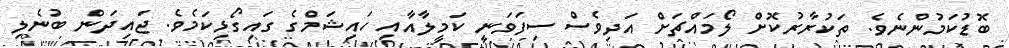
ބޮޑުކަމުންނެވެ. ތަކުރާރުކޮށް ލޯމައްޗަށް އަދިވެސް ސިފަވަނީ ކަމީލާއާއި ހައިޝަމްގެ ގައިގޯޅިކަމެވެ. ޖައިދަން ބުނެލި